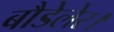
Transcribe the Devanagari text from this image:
बौडेलेर।